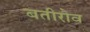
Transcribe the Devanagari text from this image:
बतीरोव